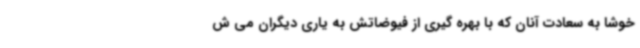
خوشا به سعادت آنان که با بهره گیری از فیوضاتش به یاری دیگران می ش